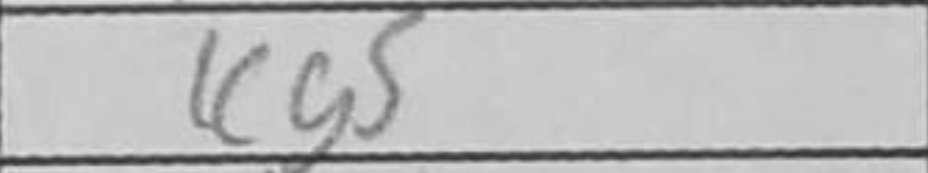
Transcription: Kg5